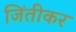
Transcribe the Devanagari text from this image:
जिंतीकर